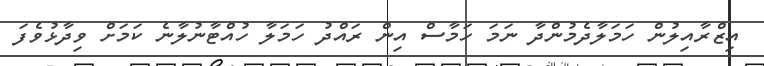
އިޒްރާއިލުން ހަމަލާދެމުންދާ ނަމަ ހަމާސް އިން ރައްދު ހަމަލާ ހުއްޓާނުލާނެ ކަމަށް ވިދާޅުވެފަ